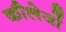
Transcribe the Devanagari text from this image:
कौलेजों